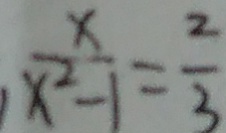
\frac { x } { x ^ { 2 } - 1 } = \frac { 2 } { 3 }